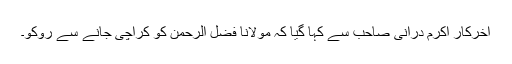
آخرکار اکرم درانی صاحب سے کہا گیا کہ مولانا فضل الرحمٰن کو کراچی جانے سے روکو۔